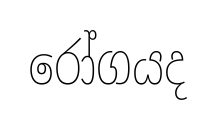
රෝගයද